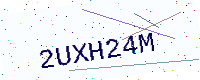
Text: 2UXH24M